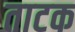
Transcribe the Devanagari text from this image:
ताटक